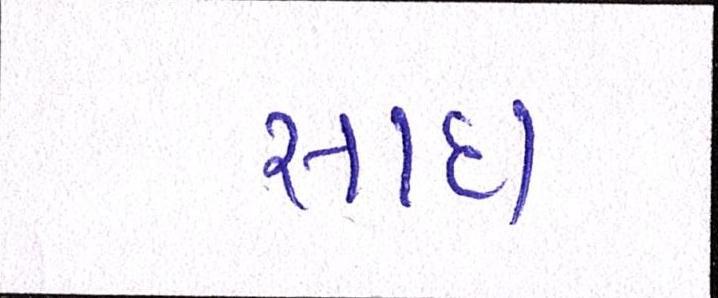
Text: સાદા